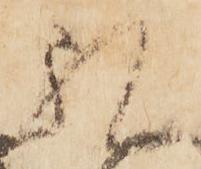
礼